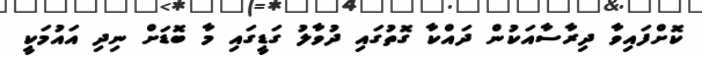
ކޮށްފައިވާ ދިރާސާއަކުން ދައްކާ ގޮތުގައި ދުވާލު ގަޑީގައި މާ ބޮޑަށް ނިދި އައުމަކީ